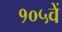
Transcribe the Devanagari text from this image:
१०५वें